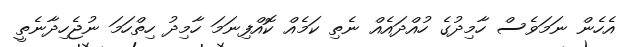
އެހެން ނަމަވެސް ހާމިދުގެ ހުއްދައެއް ނެތި ކަމެއް ކޮއްފިނަމަ ހާމިދު ހިތްހަމަ ނުޖެހިދާނެތީ